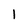
Character: 1